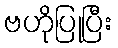
ဗဟိုပြုပြီး